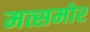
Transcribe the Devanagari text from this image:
मत्समोर